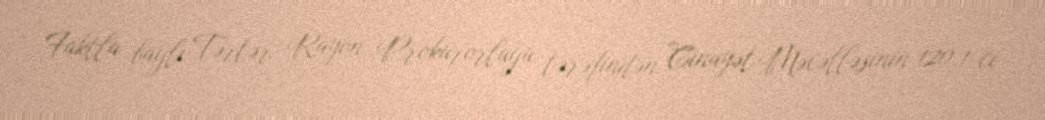
Faktla bağlı Tərtər Rayon Prokurorluğu tərəfindən Cinayət Məcəlləsinin 120.1-ci